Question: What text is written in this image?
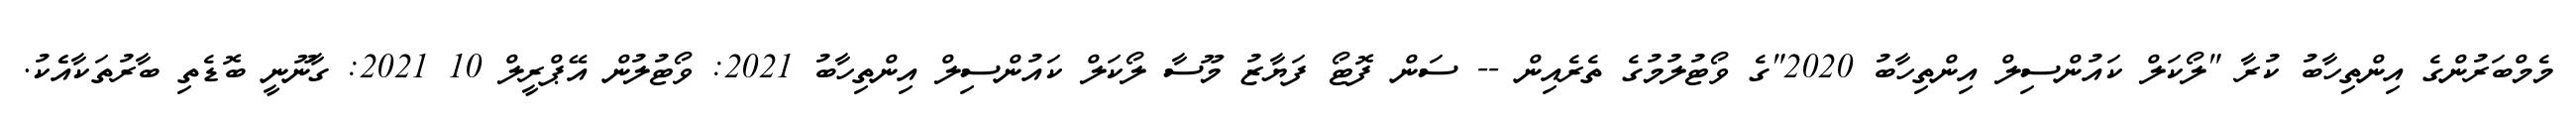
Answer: މެމްބަރުންގެ އިންތިހާބު ކުރާ "ލޯކަލް ކައުންސިލް އިންތިހާބު 2020"ގެ ވޯޓުލުމުގެ ތެރެއިން -- ސަން ފޮޓޯ ފަޔާޒު މޫސާ ލޯކަލް ކައުންސިލް އިންތިހާބު 2021: ވޯޓުލުން އޭޕްރީލް 10 2021: ގާނޫނީ ބޮޑެތި ބާރުތަކާއެެކު.